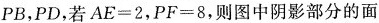
PB，PD，若$$AE=2$$，$$PF=8$$，则图中阴影部分的面